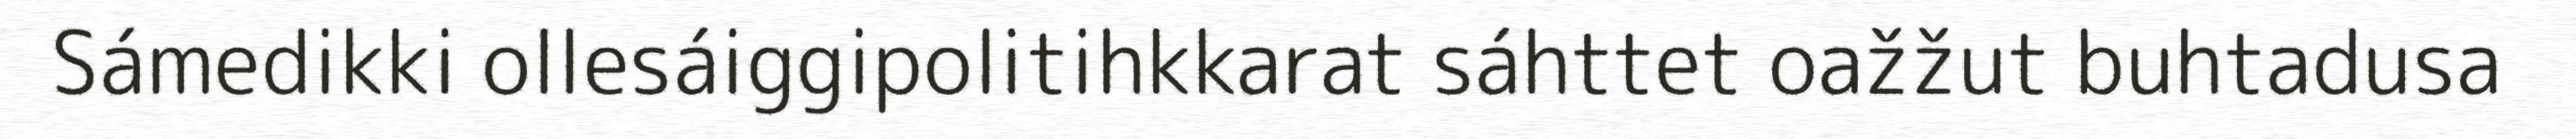
Sámedikki ollesáiggipolitihkkarat sáhttet oažžut buhtadusa